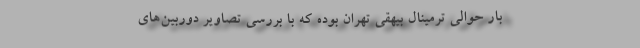
بار حوالی ترمینال بیهقی تهران بوده که با بررسی تصاویر دوربین‌های